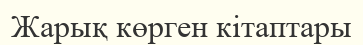
Жарық көрген кітаптары